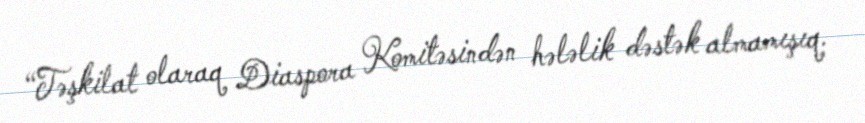
“Təşkilat olaraq Diaspora Komitəsindən hələlik dəstək almamışıq.